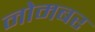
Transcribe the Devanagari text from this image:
नोमबर